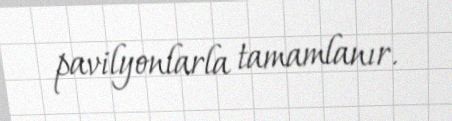
pavilyonlarla tamamlanır.